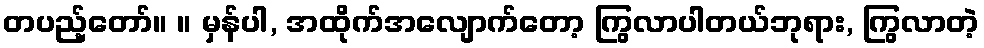
တပည့်တော်။ ။ မှန်ပါ, အထိုက်အလျောက်တော့ ကြွလာပါတယ်ဘုရား, ကြွလာတဲ့